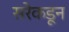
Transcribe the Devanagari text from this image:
सरेकडून